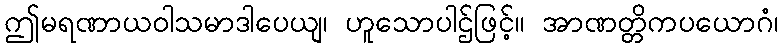
ဤမရဏာယဝါသမာဒါပေယျ၊ ဟူသောပါဌ်ဖြင့်။ အာဏတ္တိကပယောဂံ၊